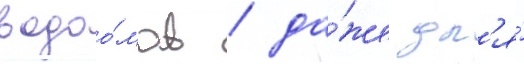
водоо́мов / да́же дл'я́